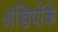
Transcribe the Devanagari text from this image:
अंखियोंके